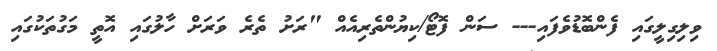
ވިލިގިލީގައި ފެންބޮޑުވެފައި--- ސަން ފޮޓޯ/ކިޔުންތެރިއެއް "ރަށު ތެރެ ވަރަށް ހާލުގައި އޮތީ މަގުތަކުގައި